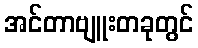
အင်တာဗျူးတခုတွင်